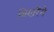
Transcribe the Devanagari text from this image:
बिखरेंगे